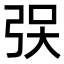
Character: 𫸯